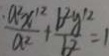
\frac { a ^ { 2 } x ^ { 2 } } { a ^ { 2 } } + \frac { b ^ { 2 } y ^ { 1 2 } } { b ^ { 2 } } = 1